King Institute of Preventive Medicine Micro-Biological Section reports 1909-11
Year: 1909
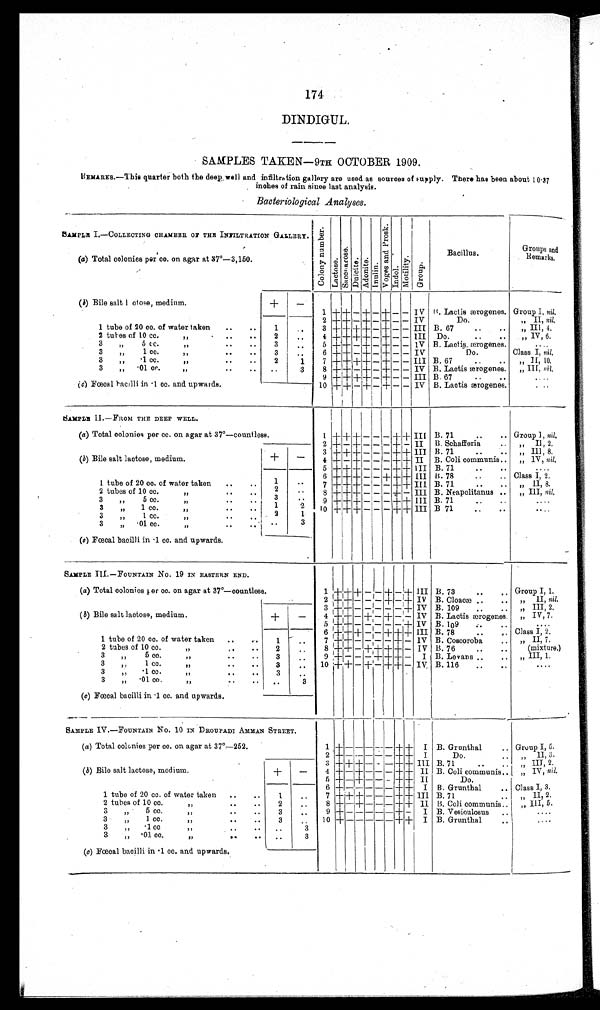
174
DINDIGUL.
SAMPLES TAKEN-9TH OCTOBER 1909.
REMARKS.—This quarter both the deep well and infiltration gallery are used as sources of supply. There has been about 10.37
inches of rain since last analysis.
Bacteriological Analyses.
SAMPLE I.—COLLECTING CHAMBER OF THE INFILTRATION GALLERY. C o l o n y n u m b e r .
L a c t o s e .
S a c c h a r o s e .
Du l c i t e . Ad o n i t e .
I n u l i n .
V o g e s a n d P r o s k .
I n d o l .
Mo t i l i t y .
Gr oup.
Bacillus.
Groups and
Remarks.
(a) Total colonies per co. on agar at 37°-3,150.
(b) Bile salt lactose, medium.
+
-
1 + + - + - + - - IV B. Lactis ærogenes. Group I, nil.
2 + + - + - +
- - IV
Do.
„ II, nil.
1 tube of 20 cc. of water taken ..
..
1
. . 3 + + + + - + - - III B. 67
..
. . ,, III, 4.
2 tubes of 10 cc.
,,
. .
. .
. . 2
..
4 + + + + - + - - III Do.
..
, , IV, 6.
3 „
5 cc.
, ,
. .
. .
3
. . 5 + + - + - + - - IV B. Lactis ærogenes.
. . . .
3
, ,
1 c c .
, ,
. .
. . 3
. .
6 + + - + - + - - IV
Do.
Class I, nil.
3 ,, . 1 c c .
, ,
2
1 7 + + +
+ - + - - III B. 67
, , II 10
3 „
. 0 1 c c .
, ,
. .
. .
. .
3
8 + + - + - + - - IV B. Lactis ærogenes. „ III, nil.
9 + + + + - + - - III B. 67
(c) Fœcal bacilli in .1 cc. and upwards.
10
+
+ - + - + - - IV B. Lactis ærogenes.
S A M P L E I I . — F R O M T H E D E E P W E L L .
(a) Total colonies per cc. on agar at 37°—countless.
1 +
+
+ - - - +
+ III B. 71
.. Group I, nil.
2 + - + - - - + - II B. Schafferia
..
, , II, 2.
3
+ + + - - - + + III B. 71
..
.. „ ID, 8.
(b) Bile salt lactose, medium.
+ -
4 + - + - - - +
+ II B. Coli communis .. „ IV, nil.
5 + +
+ - - - +
+ III B. 71
..
....
6 + +
+ - - + +
+ III B. 78
..
.. Class I, 2.
1 tube of 20 cc. of water taken ..
..
1
. . 7 + + + - - - + + III B. 71
..
.. „ II, 8.
2 tubes of 10 cc.
, ,
. .
..
2
. . 8 + +
+ - - - + - III B. Neapolitanus .. „ III, nil.
3 „
5 cc.
, ,
. .
. . 3
. . 9 + + + -
-
- + + III B. 71
..
. . . .
3 „ 1 cc.
,,
..
1
2 10 + +
+
- - - + + III B. 71
..
..
....
3
1 cc.
,,
..
..
2
1
3 „
. 0 1 c c .
, ,
. .
. . . .
3
(c) Fœcal bacilli in .1 cc. and upwards.
SAMPLE III.—FOUNTAIN No. 19 IN EASTERN END.
(a) Total colonies per cc. on agar at 37°—countless.
1
+ + + - - + - + III B. 73
..
Group I, 1.
2 + + - - - + - + IV B. Cloacæ
. . „ II, nil.
3 + + - - - - - + IV B. 109
..
..
, , III, 2,
( b) Bile salt lactose, medium.
+
-
4 + + - + - + - - IV B. Lactis ærogenes , , IV,7.
5 + +
- - - - - + IV B. 109 ..
. .
. . . .
6 + + + - - +
+
+ III B. 78
..
. . Class I, 2.
1 tube of 20 cc. of water taken ..
1
. . 7 + + - - - - + - IV B. Coscoroba
.. „ II, 7.
2 tubes of 10 cc.
, ,
. . 2
. . 8 + + - + + + + - IV B. 76
..
.. (mixture.)
3 „
5 cc.
, ,
. .
. . 3
..
9 + - - - + +
+ - I B. Levans ..
.. „ III, 1.
3 „
1 cc.
,,
..
..
3
. . 10 + + - + - + + - IV B. 116
..
..
. . . .
3 „ .1 cc.
,,
..
..
3
. .
3 „
. 0 1 c c .
, ,
. .
. . ..
3
(c) Fœcal bacilli in .1 cc. and upwards.
SAMPLE IV.—FOUNTAIN No. 10 IN DROUPADI AMMAN STREET.
(a) Total colonies per cc. on agar at 37°—252.
1 + -
- - - - +
+
I B. Grunthal
.. Group I, 5.
2 + - - - - - + + I
Do.
..
, , II 3.
3 + + + - - - + + III B. 71
..
.. „ III, 2.
(b) Bile salt lactose, medium.
I+ -
4 + - + - - - +
+ II B. Coli communis
„ IV, nil.
5 +- + -
- - +
+ II
Do.
6 +- - - - - + + I B. Grunthal
.. Class I, 3.
1 tube of 20 cc. of water taken ..
..
1
..
7 + + + - - - +
+ III B. 71
.. „ II, 2.
2 tubes of 10 cc.
..
..
2
..
8 + - + - - - +
+ II B. Coli communis . . „ III, 5.
3 „ 5 cc.
,,
..
..
3
..
9 + - - - - - + - I B. Vesiculosus
. .
. . . .
3 „ 1 cc.
,,
. .
3
. . 10 + - - - - - + + I B. Grunthal
. .
....
3 „ .1 cc
,,
. . ..
3
3 ,, .01 cc.
, ,
. .
..
3
(c) Fœcal bacilli in .1 cc. and upwards.